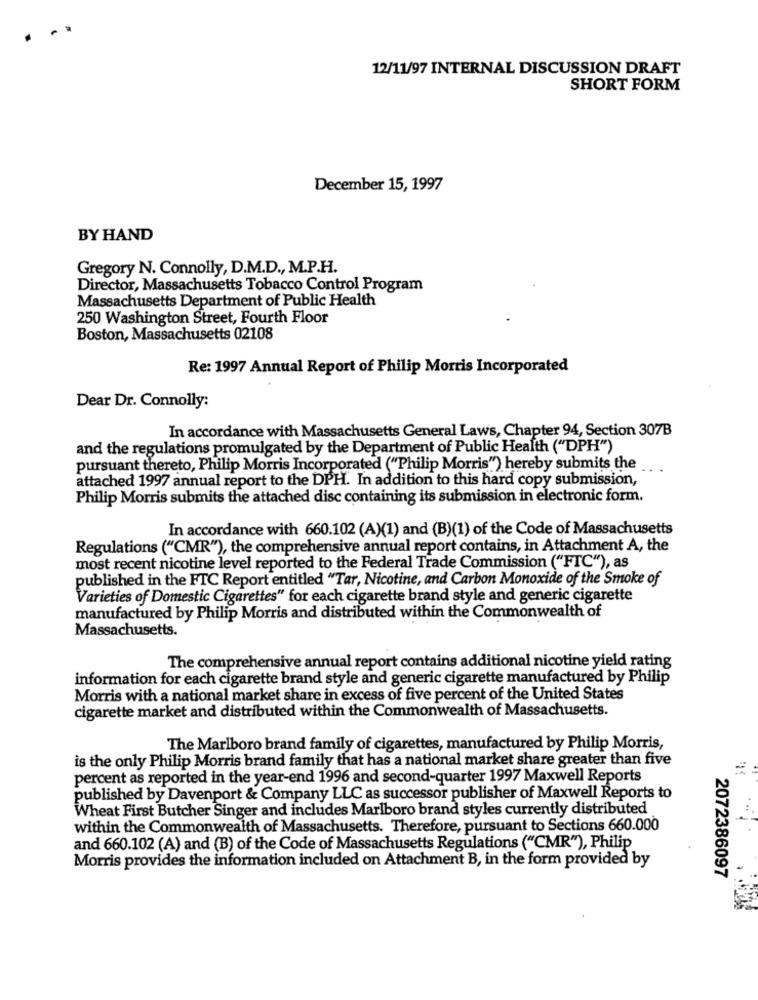
..
.
12/11/97 INTERNAL DISCUSSION DRAFT
SHORT FORM
December 15, 1997
BY HAND
Gregory N. Connolly, D.M.D ., M.P.H.
Director, Massachusetts Tobacco Control Program
Massachusetts Department of Public Health
250 Washington Street, Fourth Floor
Boston, Massachusetts 02108
Re: 1997 Annual Report of Philip Morris Incorporated
Dear Dr. Connolly:
In accordance with Massachusetts General Laws, Chapter 94, Section 307B
and the regulations promulgated by the Department of Public Health ("DPH")
pursuant thereto, Philip Morris Incorporated ("Philip Morris") hereby submits the ...
attached 1997 annual report to the DPH. In addition to this hard copy submission,
Philip Morris submits the attached disc containing its submission in electronic form.
In accordance with 660.102 (A)(1) and (B)(1) of the Code of Massachusetts
Regulations ("CMR"), the comprehensive annual report contains, in Attachment A, the
most recent nicotine level reported to the Federal Trade Commission ("FTC"), as
published in the FTC Report entitled "Tar, Nicotine, and Carbon Monoxide of the Smoke of
Varieties of Domestic Cigarettes" for each cigarette brand style and generic cigarette
manufactured by Philip Morris and distributed within the Commonwealth of
Massachusetts.
The comprehensive annual report contains additional nicotine yield rating
information for each cigarette brand style and generic cigarette manufactured by Philip
Morris with a national market share in excess of five percent of the United States
cigarette market and distributed within the Commonwealth of Massachusetts.
The Marlboro brand family of cigarettes, manufactured by Philip Morris,
is the only Philip Morris brand family that has a national market share greater than five
percent as reported in the year-end 1996 and second-quarter 1997 Maxwell Reports
published by Davenport & Company LLC as successor publisher of Maxwell Reports to
Wheat First Butcher Singer and includes Marlboro brand styles currently distributed
within the Commonwealth of Massachusetts. Therefore, pursuant to Sections 660.000
and 660.102 (A) and (B) of the Code of Massachusetts Regulations ("CMR"), Philip
Morris provides the information included on Attachment B, in the form provided by
2072386097